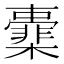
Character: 㰆